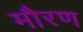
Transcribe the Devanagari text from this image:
मौरण